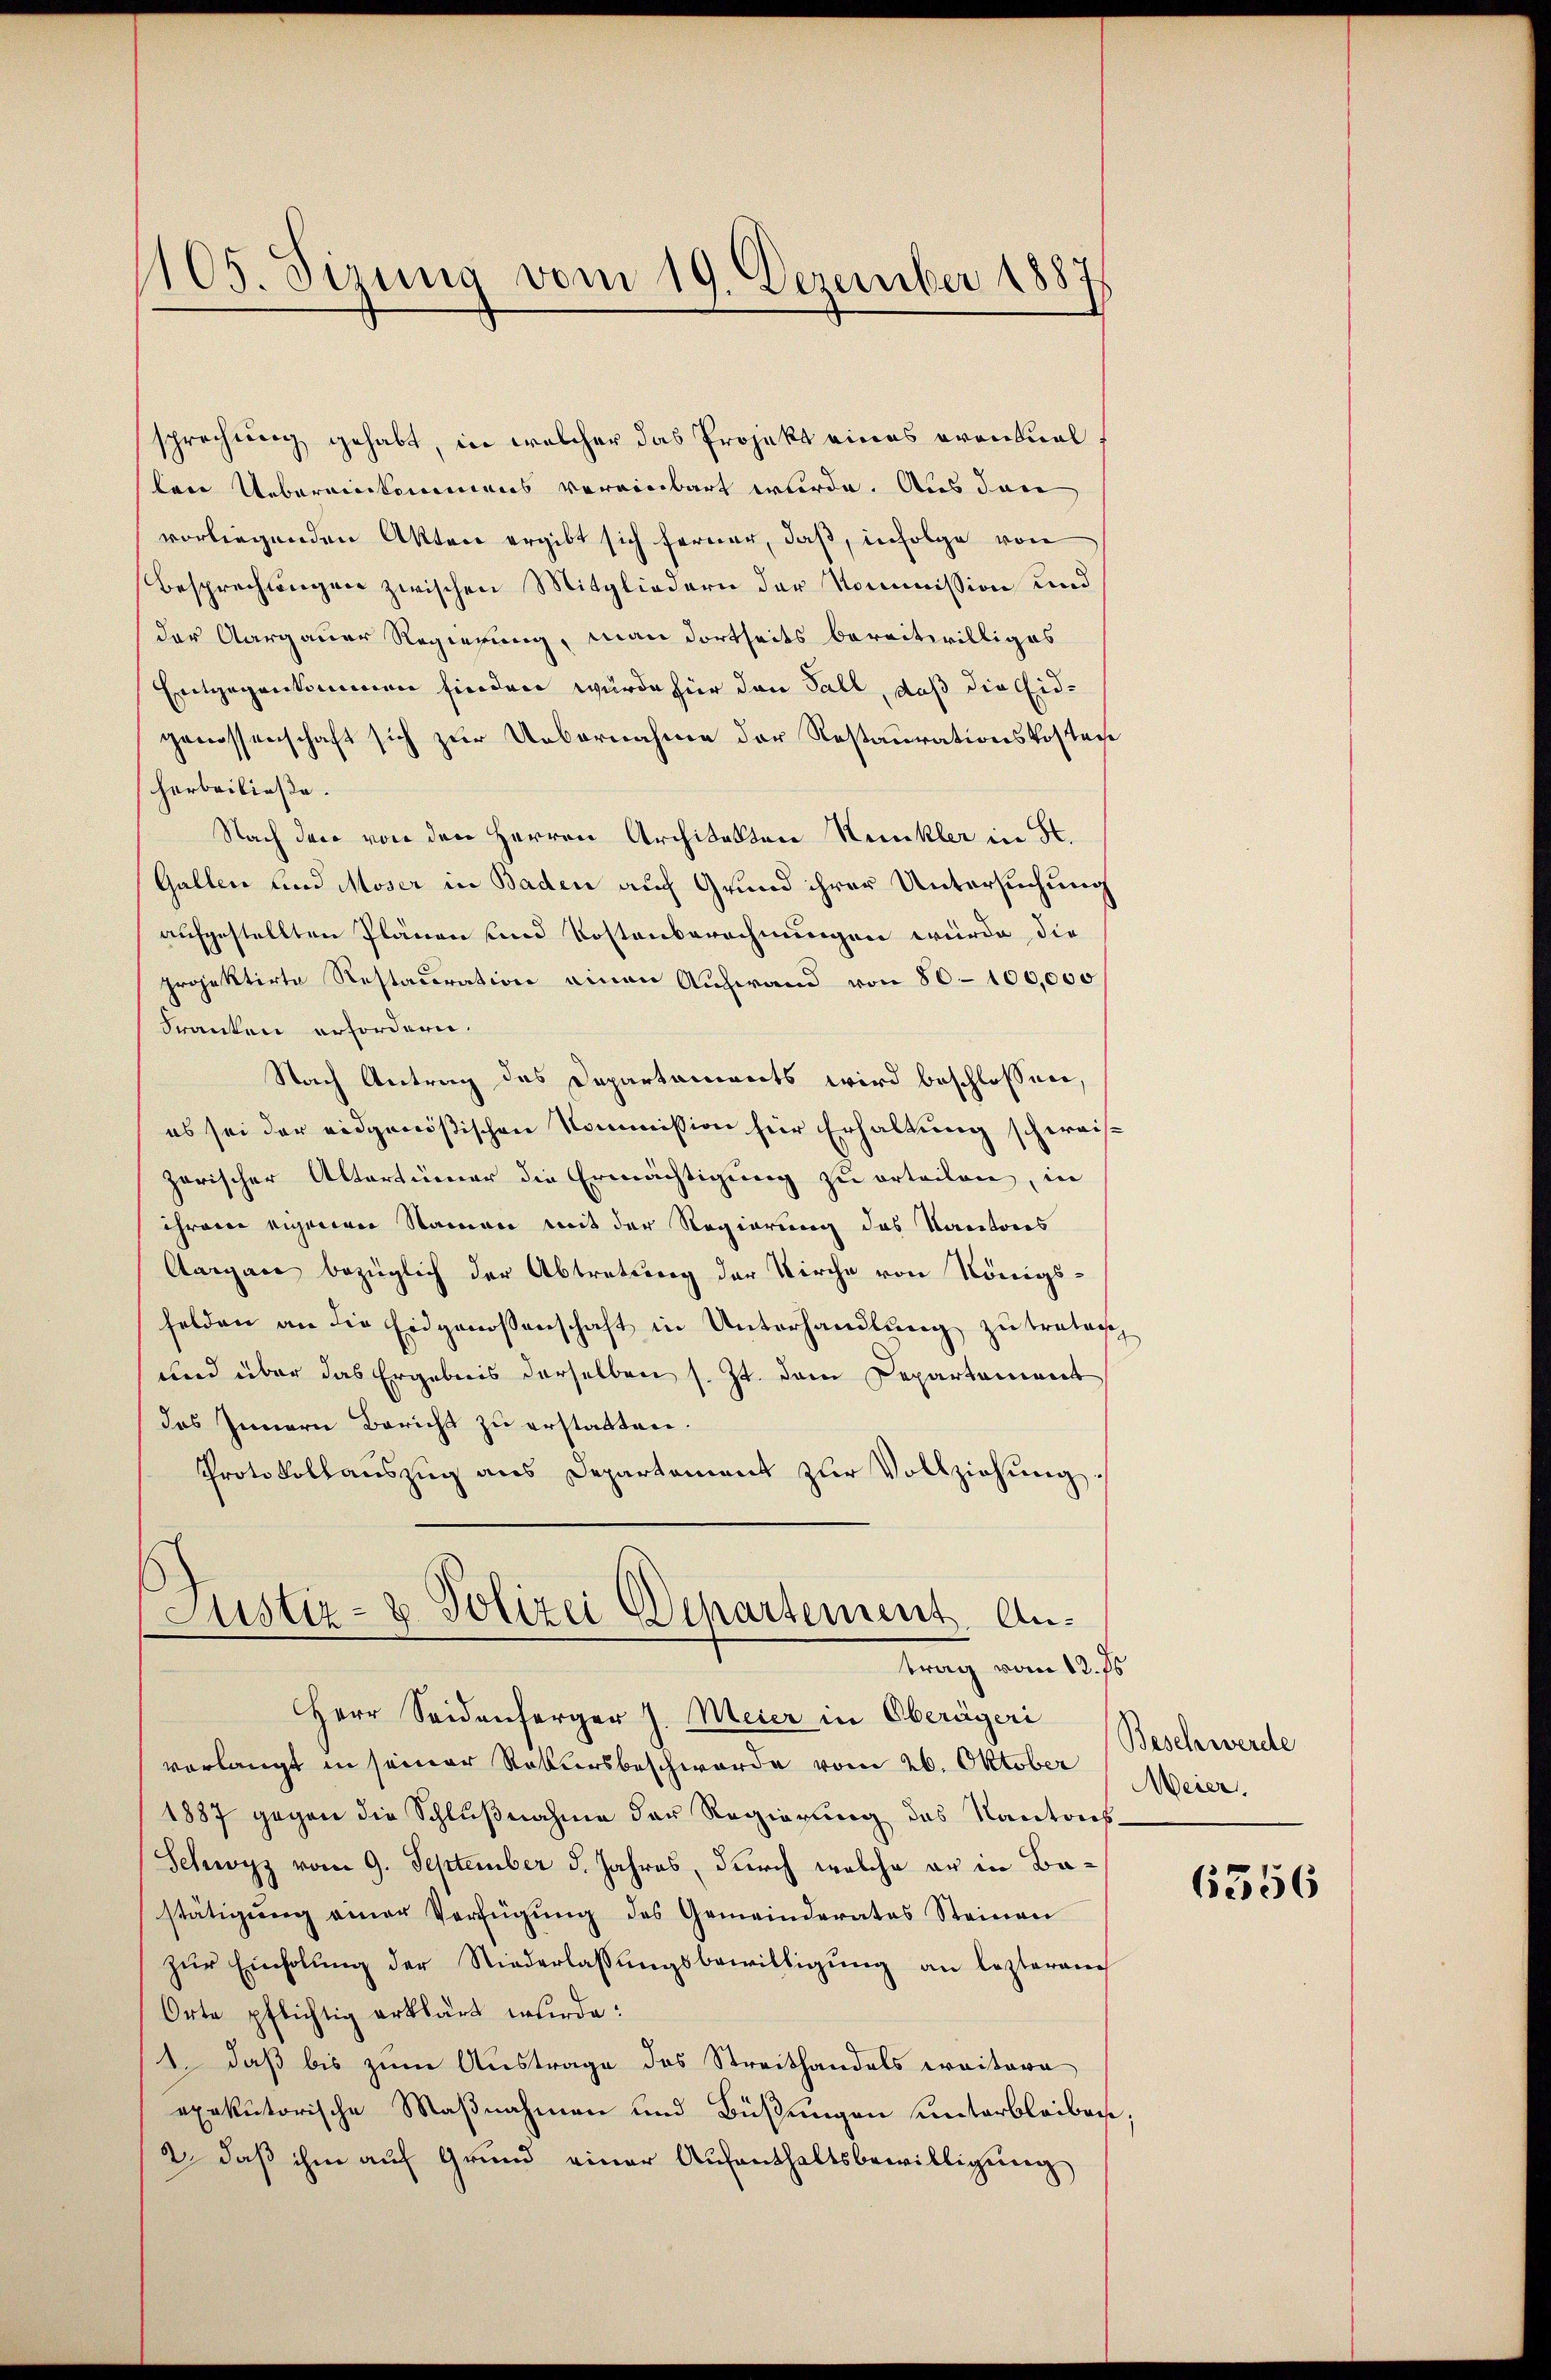
sprechung gehabt, in welcher das Projekt eines Frontual
len Uebereinkommens vereinbart werde. Aus den
vorliegenden Akten ergibt sich ferner, daß, infolge von
Besprechtungen zwischen Mitgliedern der Kommission und
der Aargauer Regierung, man dortseits bereitwilliges
Entgegenkommen finden würde für den Fall, daß die Eidgenossenschaft sich zur Uebernahme der Restaurationskosten
herbeiließe.
Nach den von den Herren Architekten Kunkler in K.
Gallen und Moser in Baden auf Grund ihrer Untersuchung
aufgestellten Plänen und Kostenberechnungen würde, die
projektirte Restauration einen Aufwand von 80–100,000
Franken erfordern.
Nach Antrag des Departonierts wird beschlossen,
es sei der eidgenößischen Kommission für Erhaltung schweiszarischer Altertümer die Ermächtigung zu orteilen, in
ihrem eigenen Namen mit der Regierung des Kantons
Aargau bezüglich der Abtretung der Kirche von Königsfelden an die Eidgenossenschaft in Unterhandlung zu tratisch
und über das Ergebnis derselben s. Zt. dem Departement
das Innern Bericht zu erstatten.
Protokollaŭszŭg ans Departement zŭr Vollziehung.

1105. Sirung vom 19. Dezember 1887

Justiz- & Polizei Departement. Antrag vom 12. ds.

Herr Seidenserger J. Meier in Oberägeri
vorlangt in seiner Rekursbeschwerde vom 26. Oktober
1887 gegen die Schlußnahme der Regierung des Kantons.
Schwyz vom 9. September d. Jahres, durch welche er in Bastätigŭng einer Verfügŭng des Gemeinderates Steinen
zŭr Einholŭng der Niederlassŭngsbewilligŭng an lezteren
Orte pflichtig erklärt wurde:
1. daß bis zum Austrage des Streithandels weitera
exekutorische Maßnahmen und Büßungen unterbleiben.
2 daß ihm auf Grund einer Aufenthaltsbewilligung

Beschwerde
Meier.

6356